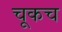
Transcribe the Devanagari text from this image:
चूकच